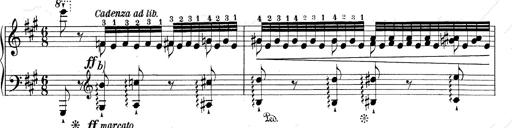
Title: RÃ©miniscences de Don Juan
Composer: Franz Liszt